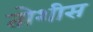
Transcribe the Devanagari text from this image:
तोशीस